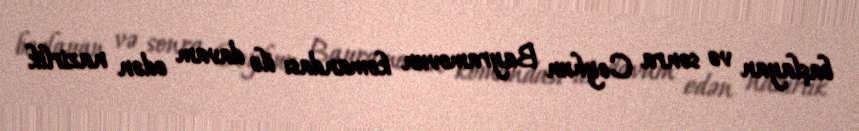
başlayan və sonra Ceyhun Bayramovun komandası ilə davam edən nazirlik